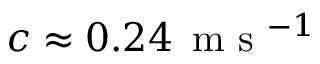
c \approx 0 . 2 4 \, \mathrm { ~ m ~ s ~ } ^ { - 1 }